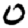
Digit: 0